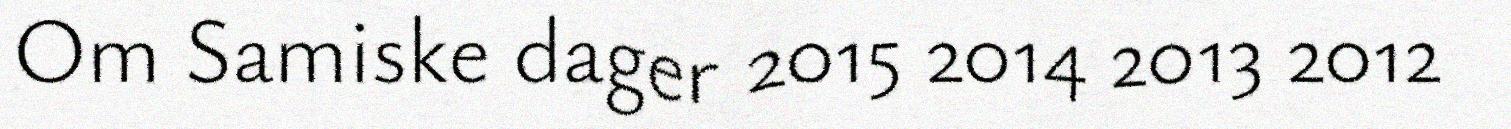
Om Samiske dager 2015 2014 2013 2012